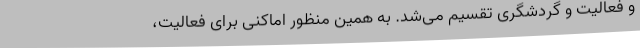
و فعالیت و گردشگری تقسیم می‌شد. ‌به همین منظور اماکنی برای فعالیت،